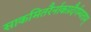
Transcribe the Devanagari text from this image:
साकमितरैर्नाकप्रदैर्गम्यताम्